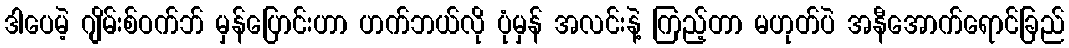
ဒါပေမဲ့ ဂျိမ်းစ်ဝက်ဘ် မှန်ပြောင်းဟာ ဟက်ဘယ်လို ပုံမှန် အလင်းနဲ့ ကြည့်တာ မဟုတ်ပဲ အနီအောက်ရောင်ခြည်